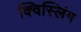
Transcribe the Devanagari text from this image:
क्विस्लिंग